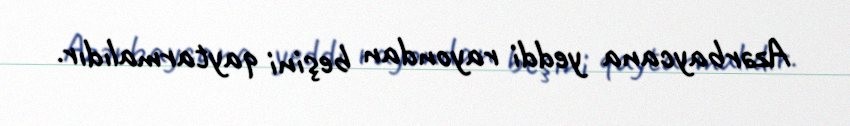
Azərbaycana yeddi rayondan beşini qaytarmalıdır.